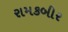
રામકબીર